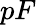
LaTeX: pF